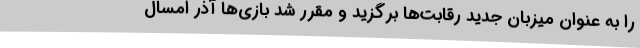
را به عنوان میزبان جدید رقابت‌ها برگزید و مقرر شد بازی‌ها آذر امسال